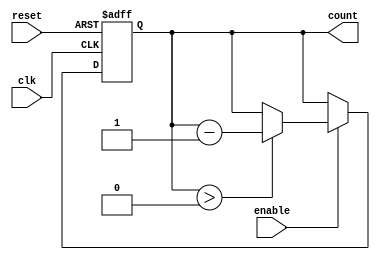
module down_counter (
    input wire clk,          // Clock signal
    input wire enable,       // Enable signal
    input wire reset,        // Asynchronous reset signal
    output reg [N-1:0] count // Current counter value
);

parameter N = 4;            // Number of bits for the counter
parameter MAX_VALUE = 15;   // Maximum value for the counter (2^N - 1)

always @(posedge clk or posedge reset) begin
    if (reset) begin
        count <= MAX_VALUE; // Reset to maximum value
    end else if (enable) begin
        if (count > 0) begin
            count <= count - 1; // Decrement counter
        end
        // If count is already 0, it stays at 0
    end
    // If enable is low, count retains its value
end

endmodule